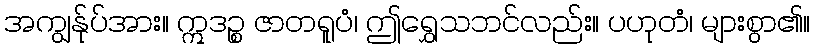
အကျွန်ုပ်အား။ ဣဒဉ္စ ဇာတရူပံ၊ ဤရွှေသဘင်လည်း။ ပဟုတံ၊ များစွာ၏။